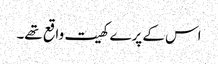
اس کے پرے کھیت واقع تھے۔